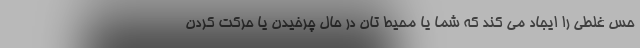
حس غلطی را ایجاد می کند که شما یا محیط تان در حال چرخیدن یا حرکت کردن